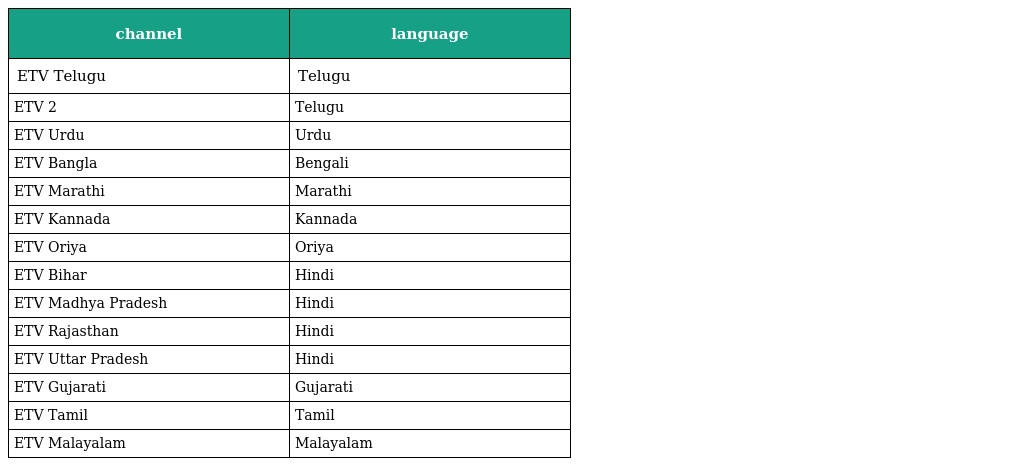
| channel | language |
 | --- | --- |
 | ETV Telugu | Telugu |
 | ETV 2 | Telugu |
 | ETV Urdu | Urdu |
 | ETV Bangla | Bengali |
 | ETV Marathi | Marathi |
 | ETV Kannada | Kannada |
 | ETV Oriya | Oriya |
 | ETV Bihar | Hindi |
 | ETV Madhya Pradesh | Hindi |
 | ETV Rajasthan | Hindi |
 | ETV Uttar Pradesh | Hindi |
 | ETV Gujarati | Gujarati |
 | ETV Tamil | Tamil |
 | ETV Malayalam | Malayalam |